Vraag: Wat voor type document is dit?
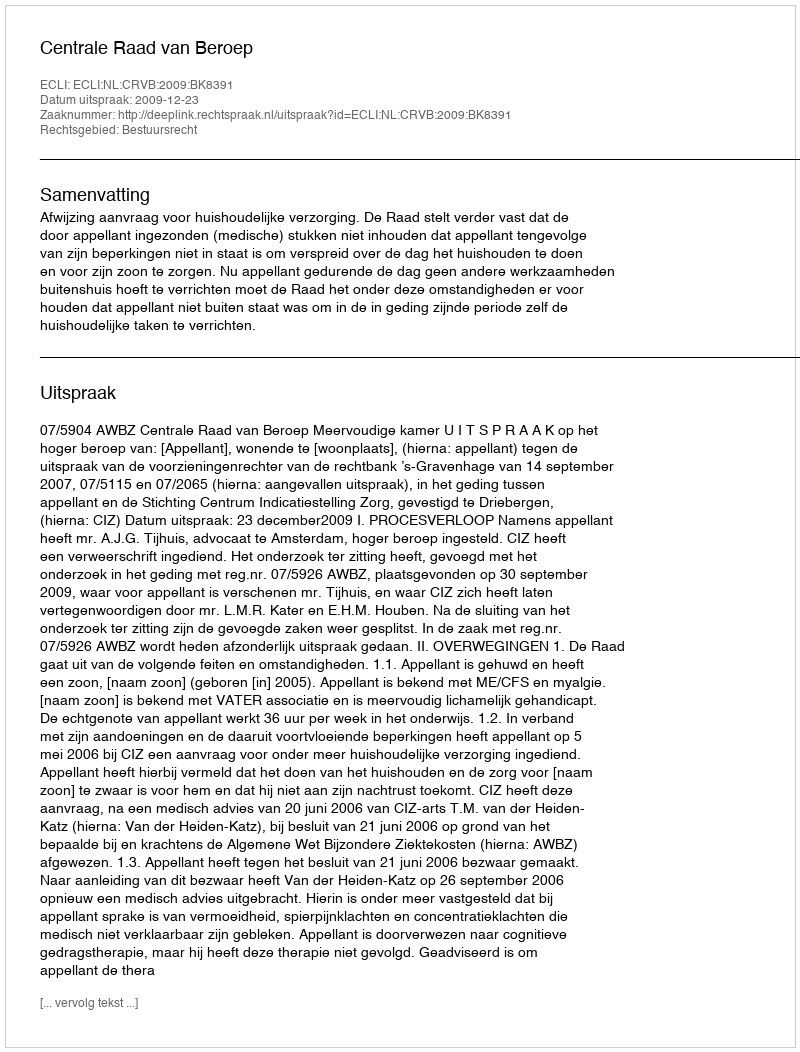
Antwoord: Uitspraak